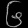
Digit: ၆